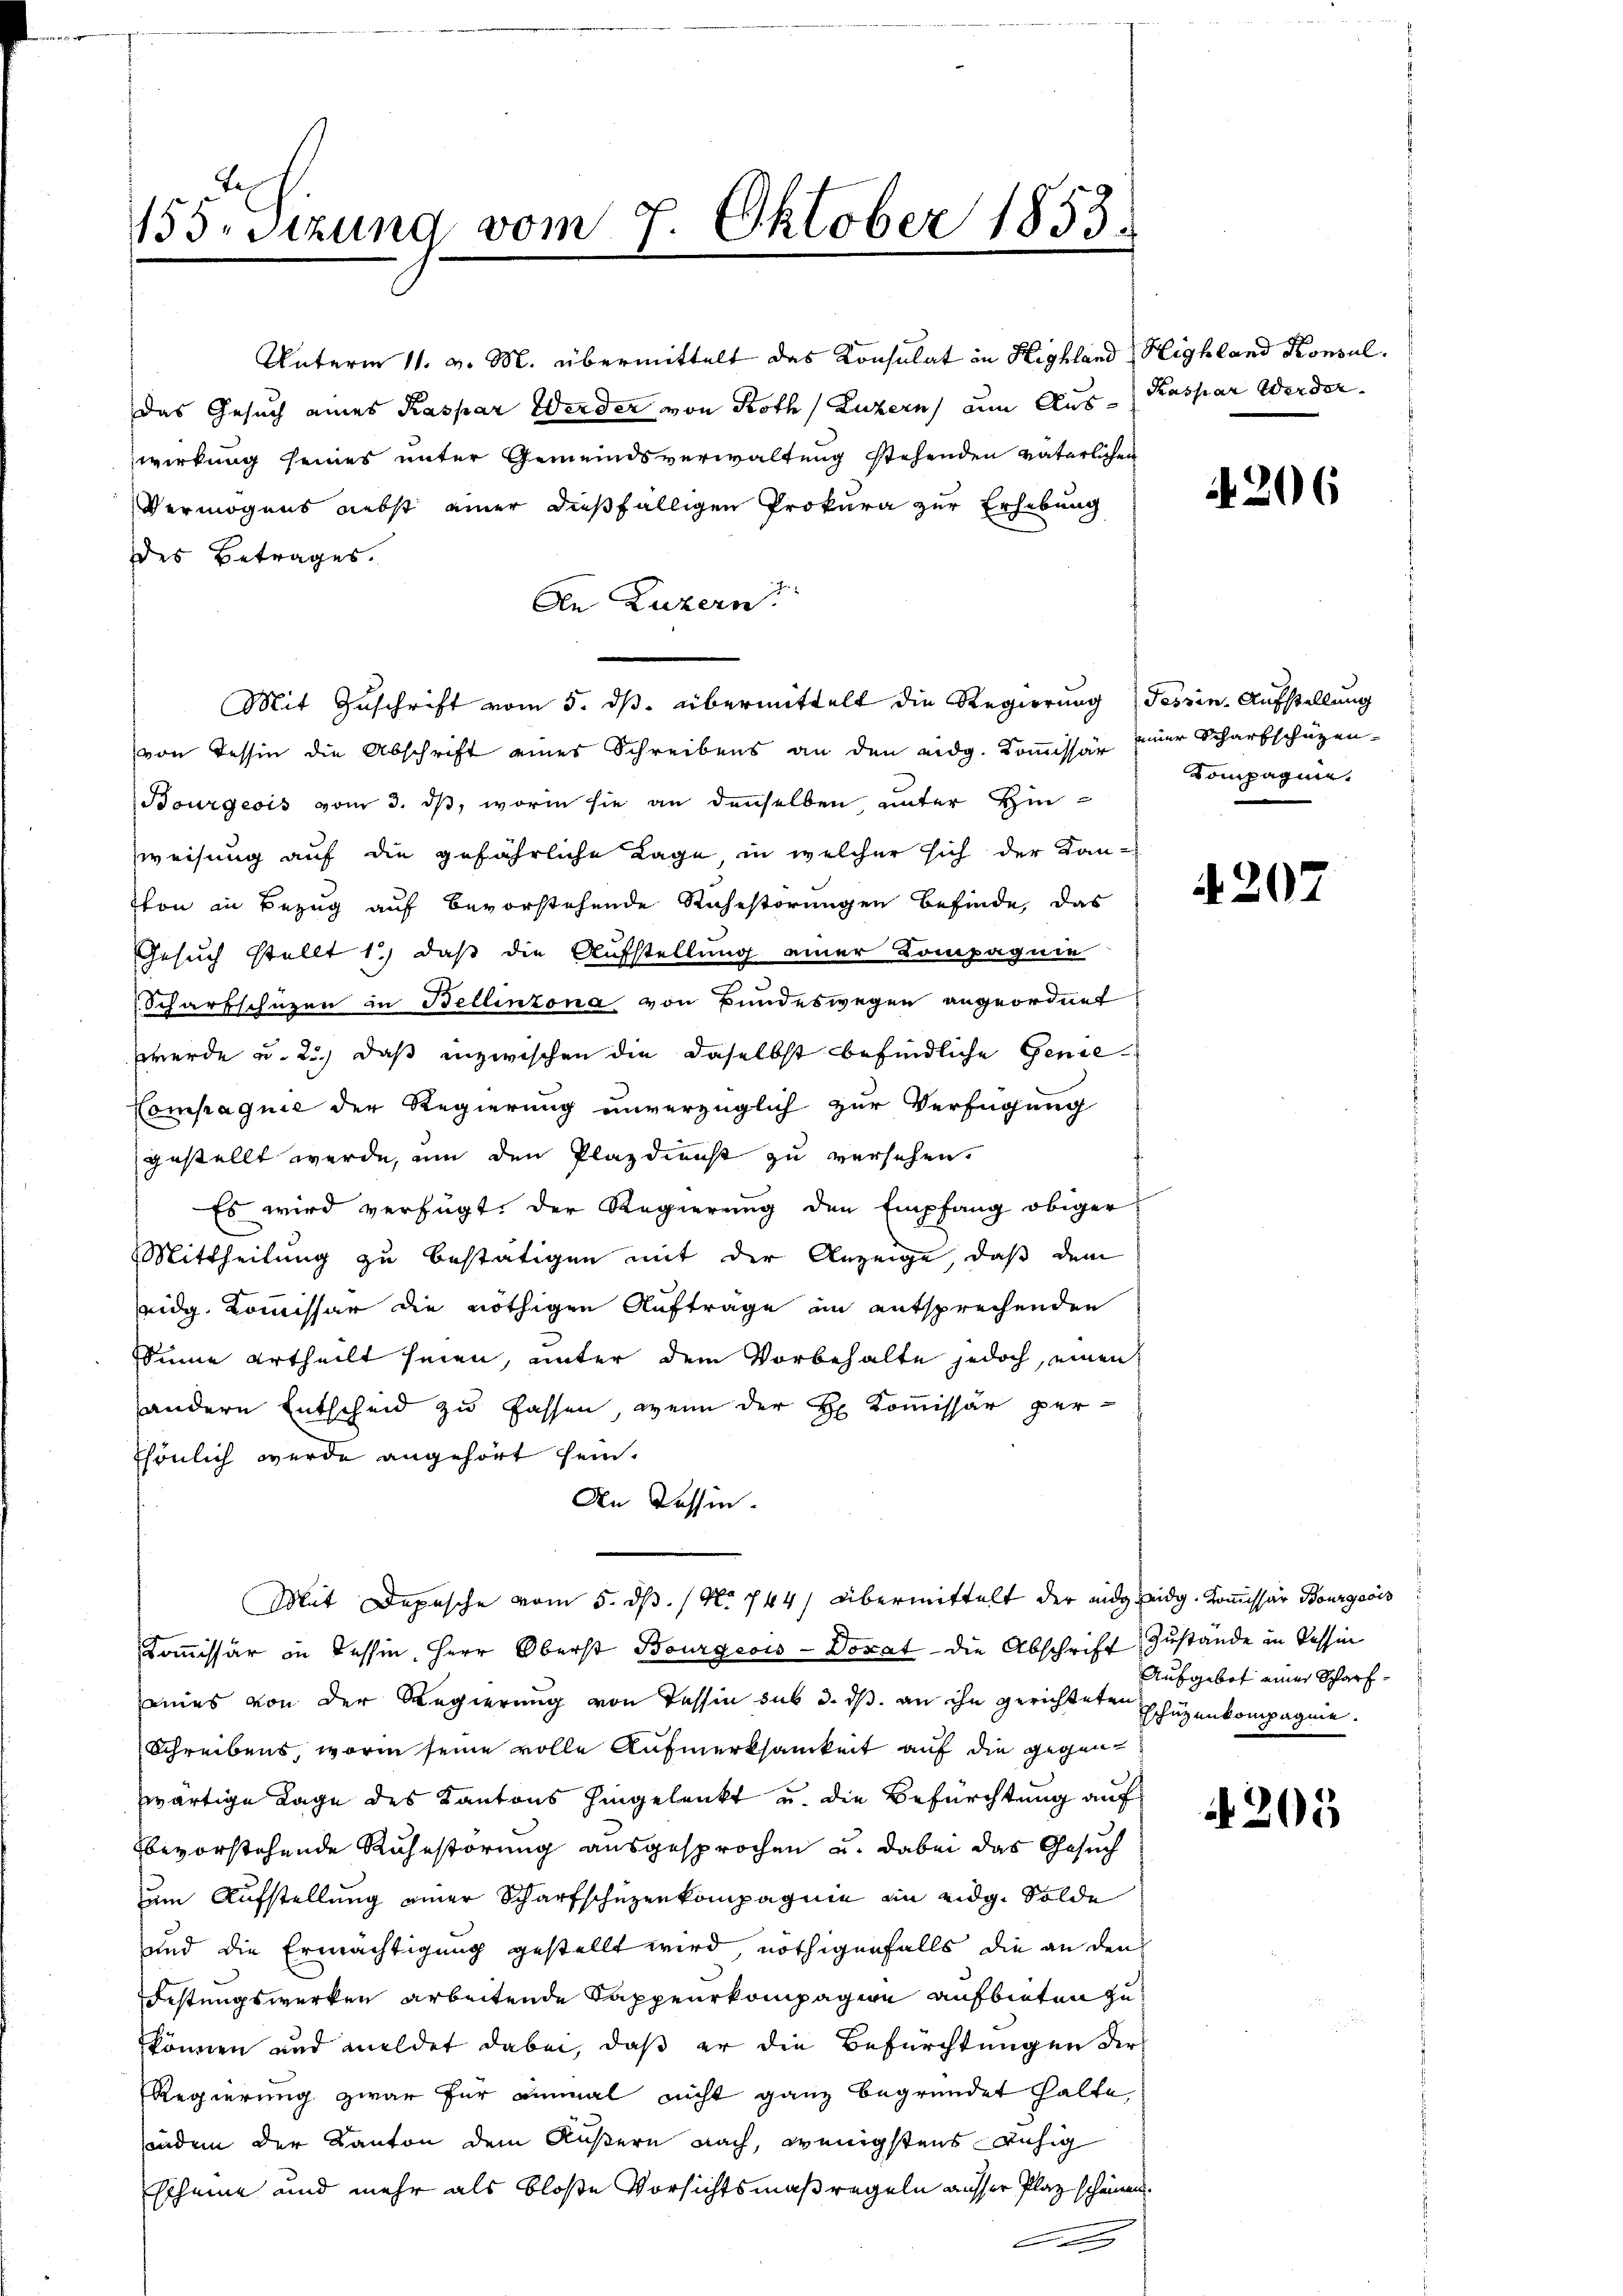
155. Sizung vom 7. Oktober 1853.
.

Unterm 11. v. M. übermittelt das Konsulat in Highland Highland Konsul
Das Gesuch eines Kaspar Werder von Roth (Luzern, um Auswirkung seines unter Gemeindsverwaltung stehenden vaterlichen
Vermögens nebst einer dießfälligen Prokura zur Erhebung
des Betrages.
An Luzern
von Tessin die Abschrift eines Schreibens an den eidg. Kommissär einer Scharfschüzen¬
Bourgeois vom 3. ds, worin sie an denselben unter Hin¬
Zweisung auf die gefährliche Lage, in welcher sich der Kan-
7ton in Bezug auf bevorstehende Ruhestörungen befinde, das
Gesuch stellt 1.) daß die Aufstellung einer Kompagnie
Scharfschüzen in Bellinzona von Bundeswegen angeordnet
werde u. 2.) daß inzwischen die daselbst befindliche Genie
Compagnie der Regierung unverzüglich zur Verfügung
gestellt werde, um den Plazdienst zu versehen.
Es wird verfügt, der Regierung den Empfang obiger
Mittheilung zu bestätigen mit der Anzeige, daß dem
eidg. Kommissär die nöthigen Auftrage an entsprechenden
Sinne ertheilt seien, unter dem Vorbehalte jedoch, einen
andere Entscheid zu fassen, wenn der H. Kommissär per-
Thönlich wurde angehört sein.
An Tessin.
Mit Depesche vom 5. ds. / No 744) Übermittelt der eidseidg. Kommissär Bourgeois
Kommissär in dessin, Herr Oberst Bourgeois-Dorat die Abschrift Zustande in Tessin
eies von der Regierung von Tessin sub d. d. an ihn gerichteten Schüzenkompagnie
Schreibens, worin seine volle Aufmerksamkeit auf die gegenwärtige Lage des Kantons hingelenkt u. die Befürchtung auf
bevorstehende Ruhestörung ausgesprochen u. dabei das Gesuch
zum Aufstellung einer Scharfschüzenkompagnie an eidg. Solde
und die Ermächtigung gestellt wird, nöthigenfalls die an den
Festungswerken arbeitende Kappeurkompagion aufbieten zu
können und meldet dabei, daß er die Befürchtungen der
Regierung zwar für einmal nicht ganz begründet halte,
inden der Kanton dem Äußern nach, wenigstens ruhig
scheine und mehr als bloße Vorsichtsmaßregeln ausser Plaz scheinen.
.

Mit Geschrift vom 5. ds. übermittelt die Regierung Tessin Aufstellung

Kaspar Werder

206

Kompagnie,

4207

Aufgebot einer Scharf¬

205